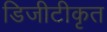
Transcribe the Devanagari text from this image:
डिजीटीकृत